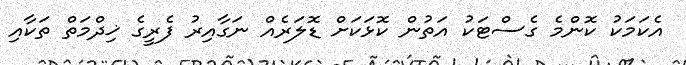
އެކަމަކު ކޮންމެ ގެސްޓަކު އަތުން ކޮޅަކަށް ޑޮލަރެއް ނަގާއިރު ފެރީގެ ޚިދްމަތް ތަކާއި